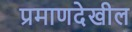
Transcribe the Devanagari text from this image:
प्रमाणदेखील